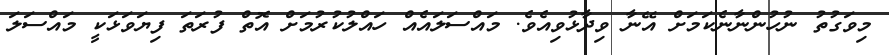
މިވަގުތު ނުހުންނާނެކަމަށް އޭނާ ވިދާޅުވިއެވެ. މައްސަލައެއް ހައްލުކުރުމަށް އޮތް ފުރަތަ ފިޔަވަޅަކީ މައްސަލަ